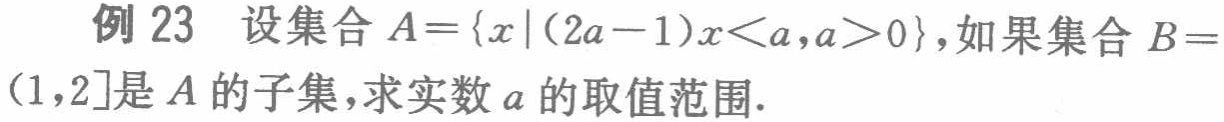
例 23 设集合 \(A = \{x|(2a - 1)x < a,a>0\}\)，如果集合 \(B=(1,2]\)是 \(A\) 的子集，求实数 \(a\) 的取值范围.